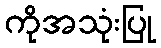
ကိုအသုံးပြု